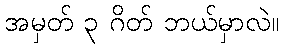
အမှတ် ၃ ဂိတ် ဘယ်မှာလဲ။